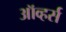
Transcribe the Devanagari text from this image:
ऑव्हर्स